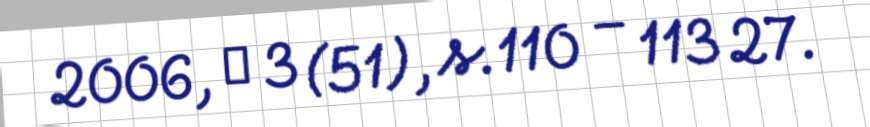
2006, № 3 (51), s.110 – 113 27.